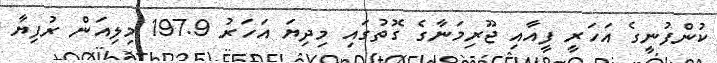
ކުންފުނީގެ އަހަރީ ފީއާއި ޖޫރިމަނާގެ ގޮތުގައި މިދިޔަ އަހަރު 197.9 މިލިއަން ރުފިޔާ